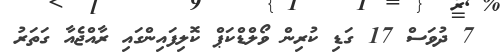
7 ދުވަސް 17 ގަޑި ކުރިން ވޯލްޑްކަޕް ކޮލިފައިންގައި ރާއްޖެއާ ގަތަރު